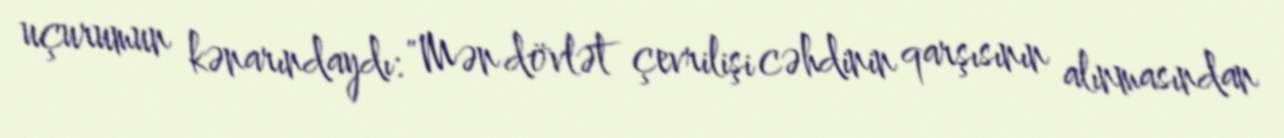
uçurumun kənarındaydı: "Mən dövlət çevrilişi cəhdinin qarşısının alınmasından